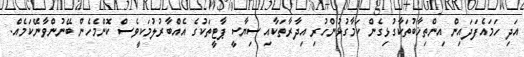
އަދި ހަމައެފަދައިން އިންތިޚާބުތަކާގުޅިގެން ކަމާގުޅުންހުރި އިދާރާތަކާއި ސިޔާސީ ޕާޓީތަކުގެ އެއްބާރުލުމަކީވެސް ކޮންމެހެން ބޭނުންވާނޭކަމެއް.